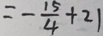
= - \frac { 1 5 } { 4 } + 2 1